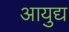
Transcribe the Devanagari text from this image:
आयुद्य